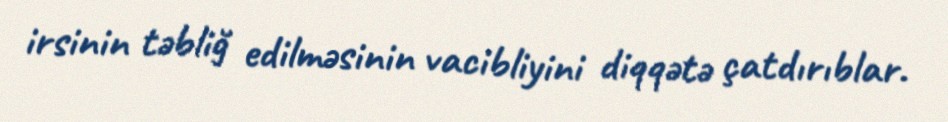
irsinin təbliğ edilməsinin vacibliyini diqqətə çatdırıblar.